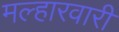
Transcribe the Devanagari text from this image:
मल्हारवारी